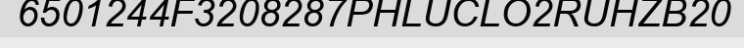
6501244F3208287PHLUCLO2RUHZB20